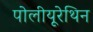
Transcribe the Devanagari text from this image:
पोलीयूरेथिन